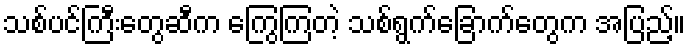
သစ်ပင်ကြီးတွေဆီက ကြွေကြတဲ့ သစ်ရွက်ခြောက်တွေက အပြည့်။